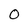
Character: O